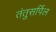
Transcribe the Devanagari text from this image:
तंतुसर्पिल